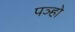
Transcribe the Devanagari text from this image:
पञ्हो